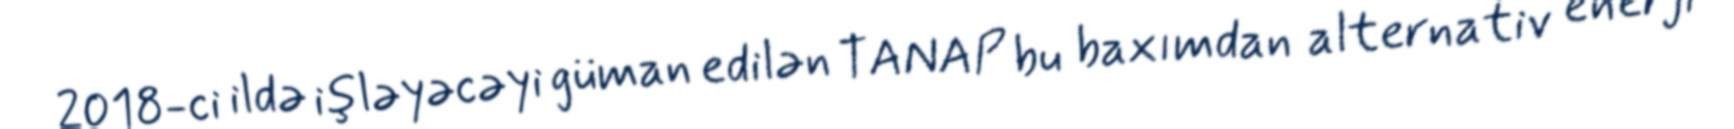
2018-ci ildə işləyəcəyi güman edilən TANAP bu baxımdan alternativ enerji